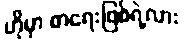
ဟိုမှာ စာရေးဖြစ်ရဲ့လား